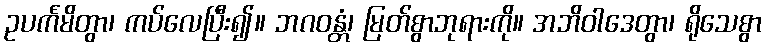
ဥပင်္ကမိတွာ၊ ကပ်လေပြီး၍။ ဘဂဝန္တံ၊ မြတ်စွာဘုရားကို။ အဘိဝါဒေတွာ၊ ရိုသေစွာ